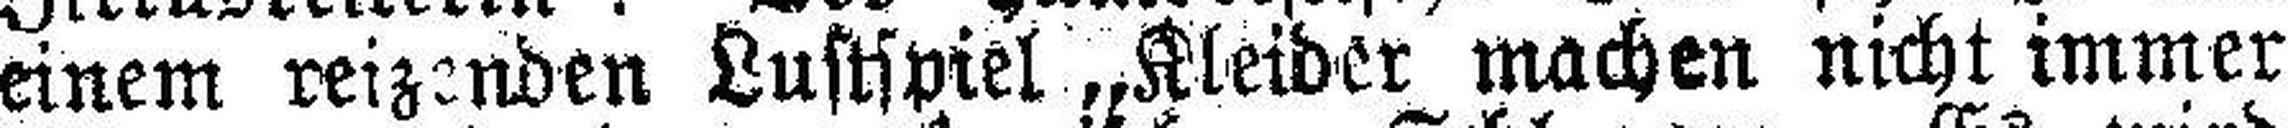
einem reizenden Lustspiel „Kleider machen nicht immer